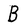
Character: B